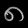
Digit: ၈